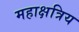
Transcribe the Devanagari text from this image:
महाक्षत्रिय